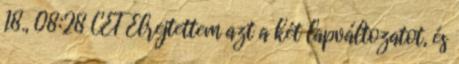
18., 08:28 CET Elrejtettem azt a két lapváltozatot, és